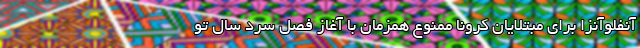
آنفلوآنزا برای مبتلایان کرونا ممنوع همزمان با آغاز فصل سرد سال تو